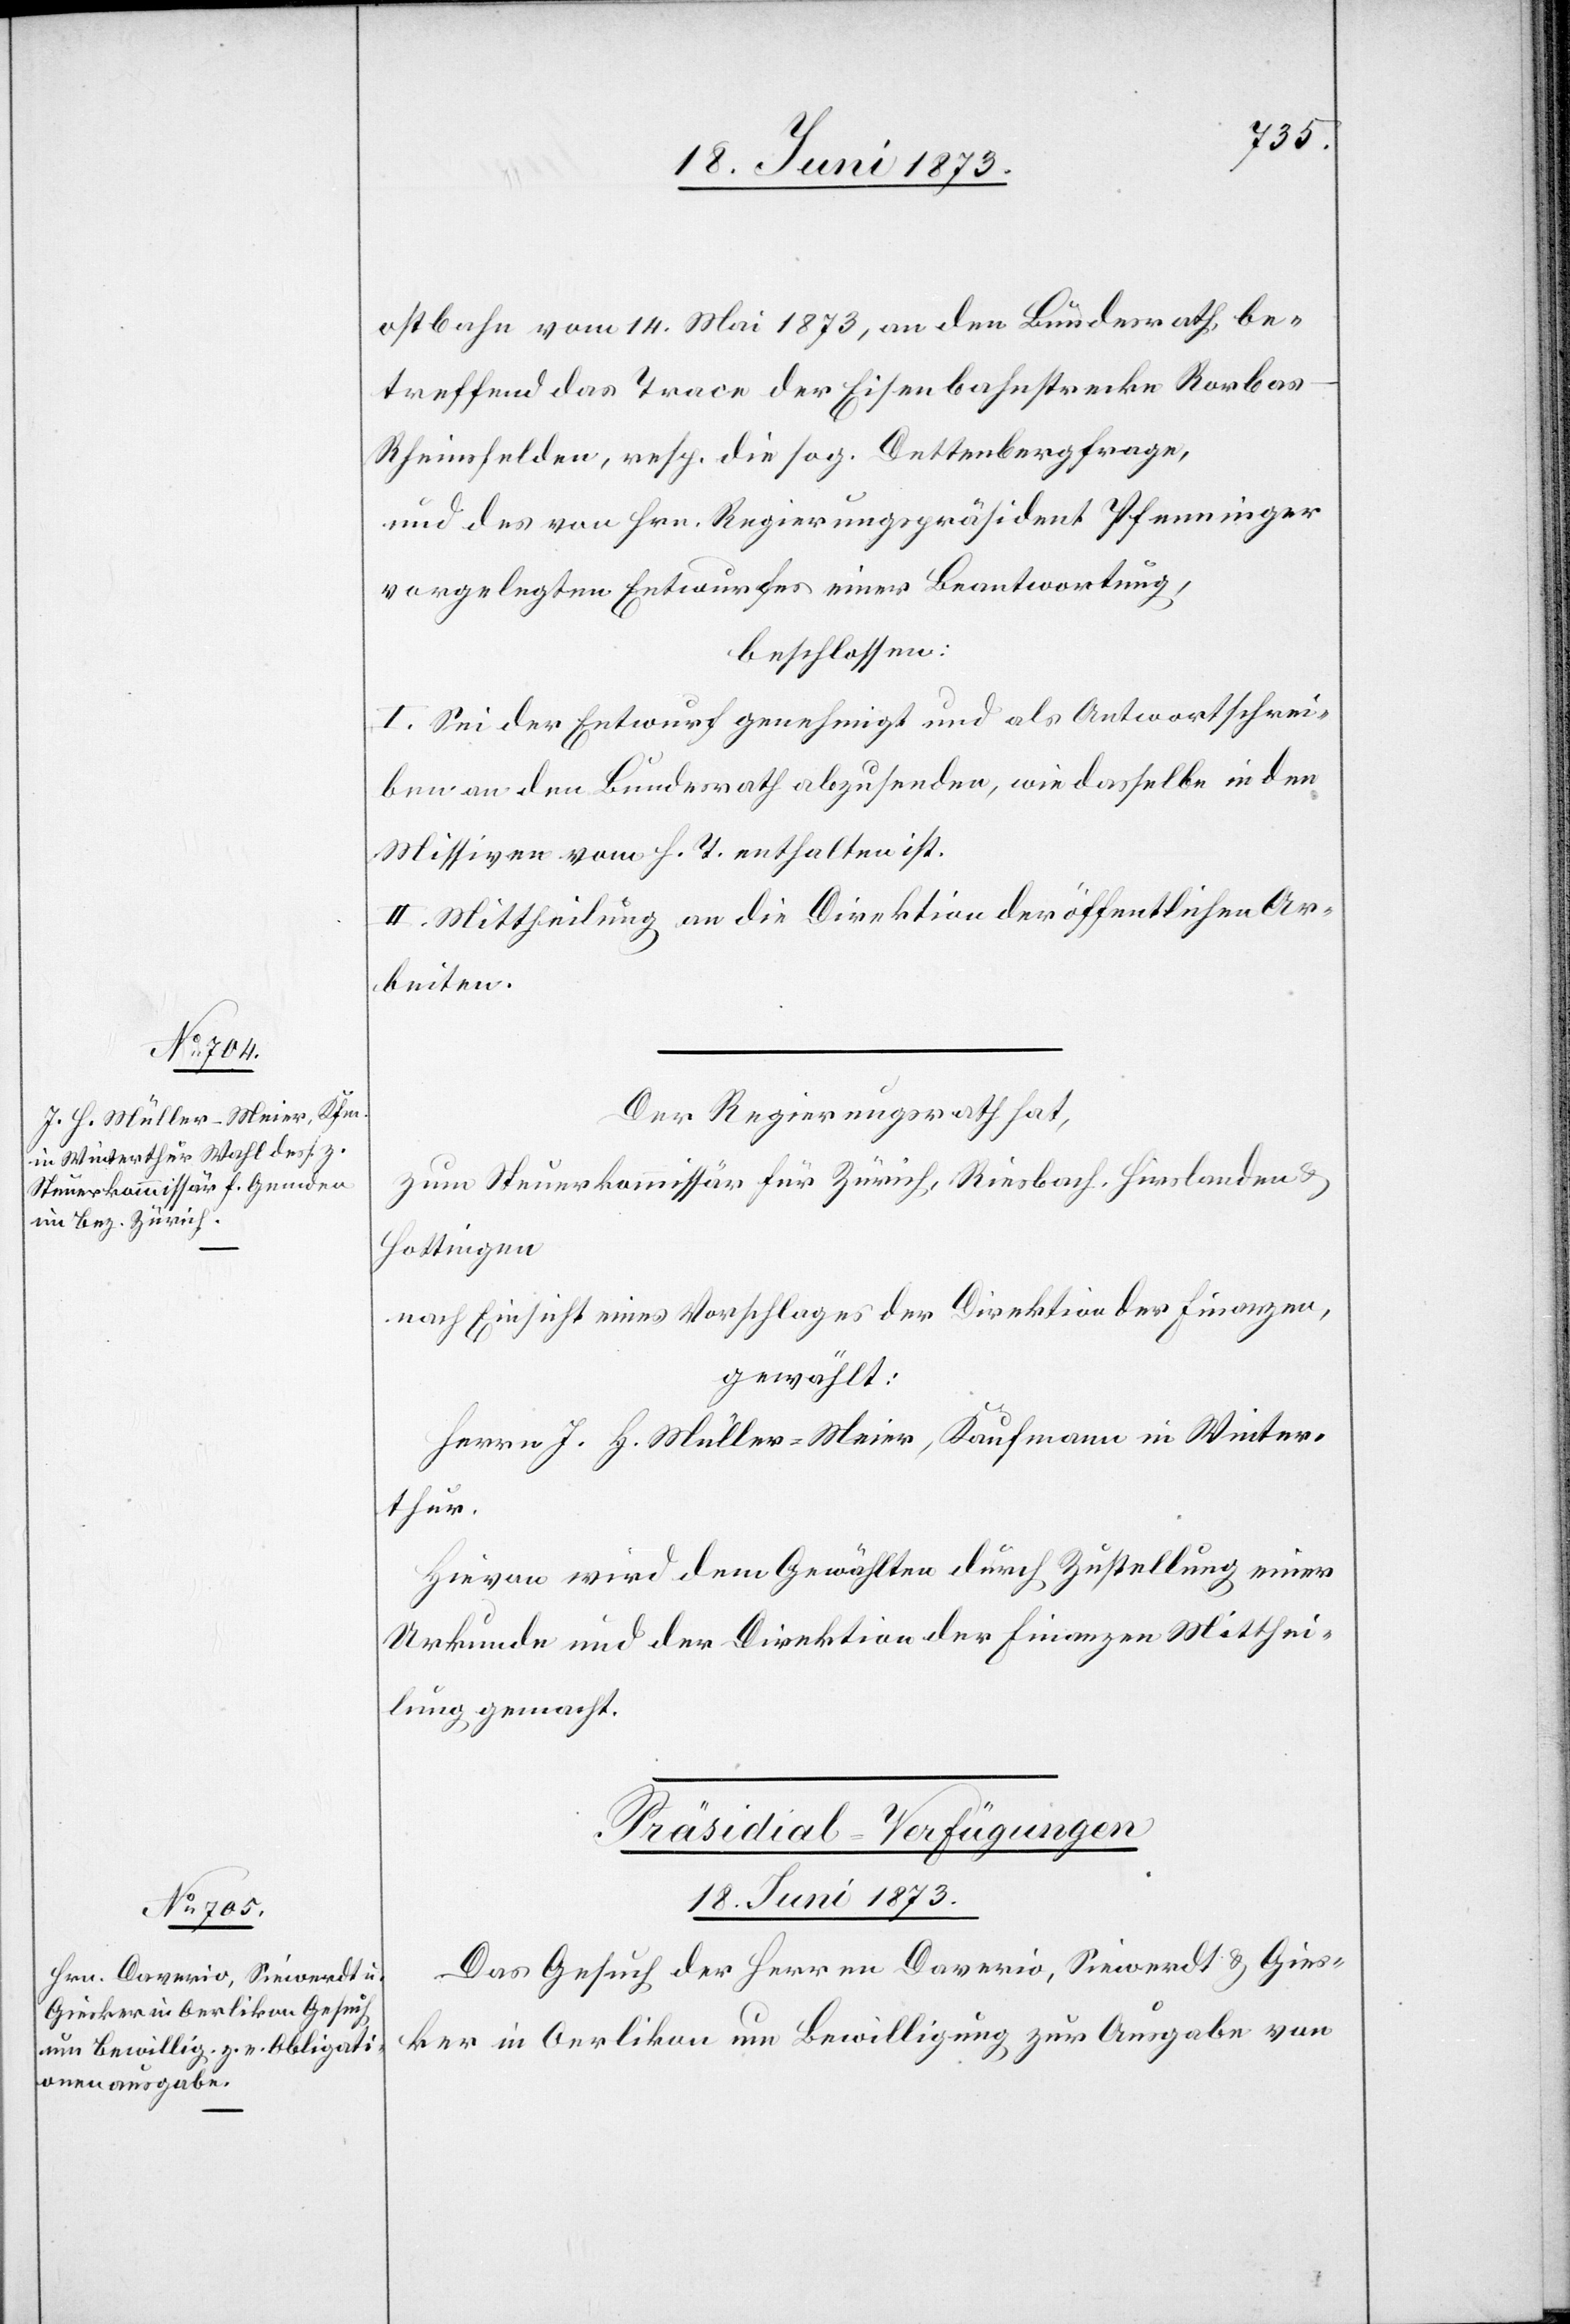
ostbahn vom 14. Mai 1873, an den Bundesrath be¬
treffend das Trace der Eisenbahnstrecke Rorba¬
s–Rheinsfelden, resp. die sog. Dettenbergfrage,
und des von Hrn. Regierungspräsident Pfenninger
vorgelegten Entwurfes einer Beantwortung,
beschlossen:
I. Sei der Entwurf genehmigt und als Antwortschrei¬
ben an den Bundesrath abzusenden, wie dasselbe in den
Missiven vom h. T. enthalten ist.
II. Mittheilung an die Direktion der öffentlichen Ar¬
beiten.
Der Regierungsrath hat,
zum Steuerkommissär für Zürich, Riesbach, Hirslanden &
Hottigen
nach Einsicht eines Vorschlages der Direktion der Finanzen,
gewählt:
Herrn J. H. Müller-Meier, Kaufmann in Winter¬
thur.
Hievon wird dem gewählten durch Zustellung einer
Urkunde und der Direktion der Finanzen Mitthei¬
lung gemacht.
Präsidal-Verfügungen
18. Juni 1873.
Das Gesuch der Herren Daverio, Siewerdt & Gies¬
ker in Oerlikon um Bewilligung zur Ausgabe von